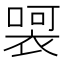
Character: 𭊀